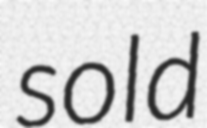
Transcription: sold